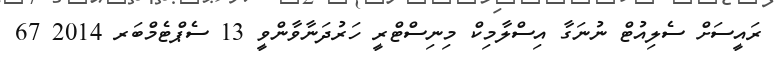
ރައީސަށް ސެލިއުޓް ނުނަގާ އިސްލާމިކް މިނިސްޓްރީ ހަރުދަނާވާންވީ 13 ސެޕްޓެމްބަރ 2014 67